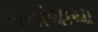
ગનીચાચા